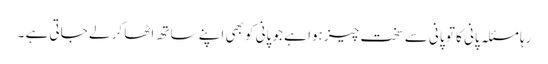
رہا مسئلہ پانی کا تو پانی سے سخت چیز ہوا ہے جو پانی کو بھی اپنے ساتھ اٹھا کر لے جاتی ہے ۔